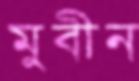
মুবীন